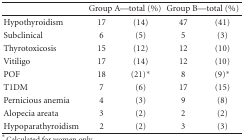
<table><thead><tr><td></td><td colspan="2"><b>Group A—total (%)</b></td><td colspan="2"><b>Group B—total (%)</b></td></tr></thead><tbody><tr><td>Hypothyroidism</td><td>17</td><td>(14)</td><td>47</td><td>(41)</td></tr><tr><td>Subclinical</td><td>6</td><td>(5)</td><td>5</td><td>(3)</td></tr><tr><td>Thyrotoxicosis</td><td>15</td><td>(12)</td><td>12</td><td>(10)</td></tr><tr><td>Vitiligo</td><td>17</td><td>(14)</td><td>12</td><td> (10)</td></tr><tr><td>POF</td><td>18</td><td>(21)*</td><td>8</td><td> (9)*</td></tr><tr><td>T1DM</td><td>7</td><td> (6)</td><td>17</td><td> (15)</td></tr><tr><td>Pernicious anemia</td><td>4</td><td>(3)</td><td>9</td><td> (8)</td></tr><tr><td>Alopecia areata</td><td>3</td><td>(2)</td><td>2</td><td> (2)</td></tr><tr><td>Hypoparathyroidism</td><td>2</td><td>(2)</td><td>3</td><td> (3)</td></tr></tbody></table>